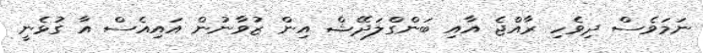
ނަމަވެސް ދިވެހި ރާއްޖެ އާއި ބަންގްލަދޭޝް އިން ޒުވާނުން އައިއެސް އާ ގުޅެނީ